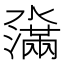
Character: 濷